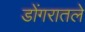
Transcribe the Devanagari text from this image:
डोंगरातले